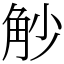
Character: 觘